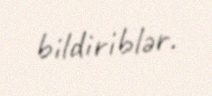
bildiriblər.